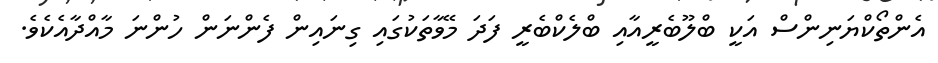
އެންތޯކްޔަނިންސް އަކީ ބްލޫބެރީއާއި ބްލެކްބެރީ ފަދަ މޭވާތަކުގައި ގިނައިން ފެންނަން ހުންނަ މާއްދާއެކެވެ.